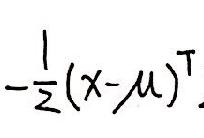
\(-\frac{1}{2}(x - \mu)^T\)